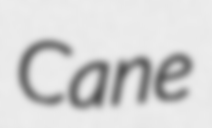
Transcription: Cane